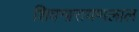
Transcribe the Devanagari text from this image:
शिवनारायणलाल